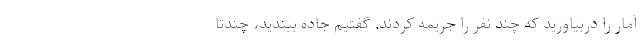
آمار را دربیاورید که چند نفر را جریمه کردند. گفتیم جاده ببندید، چندتا